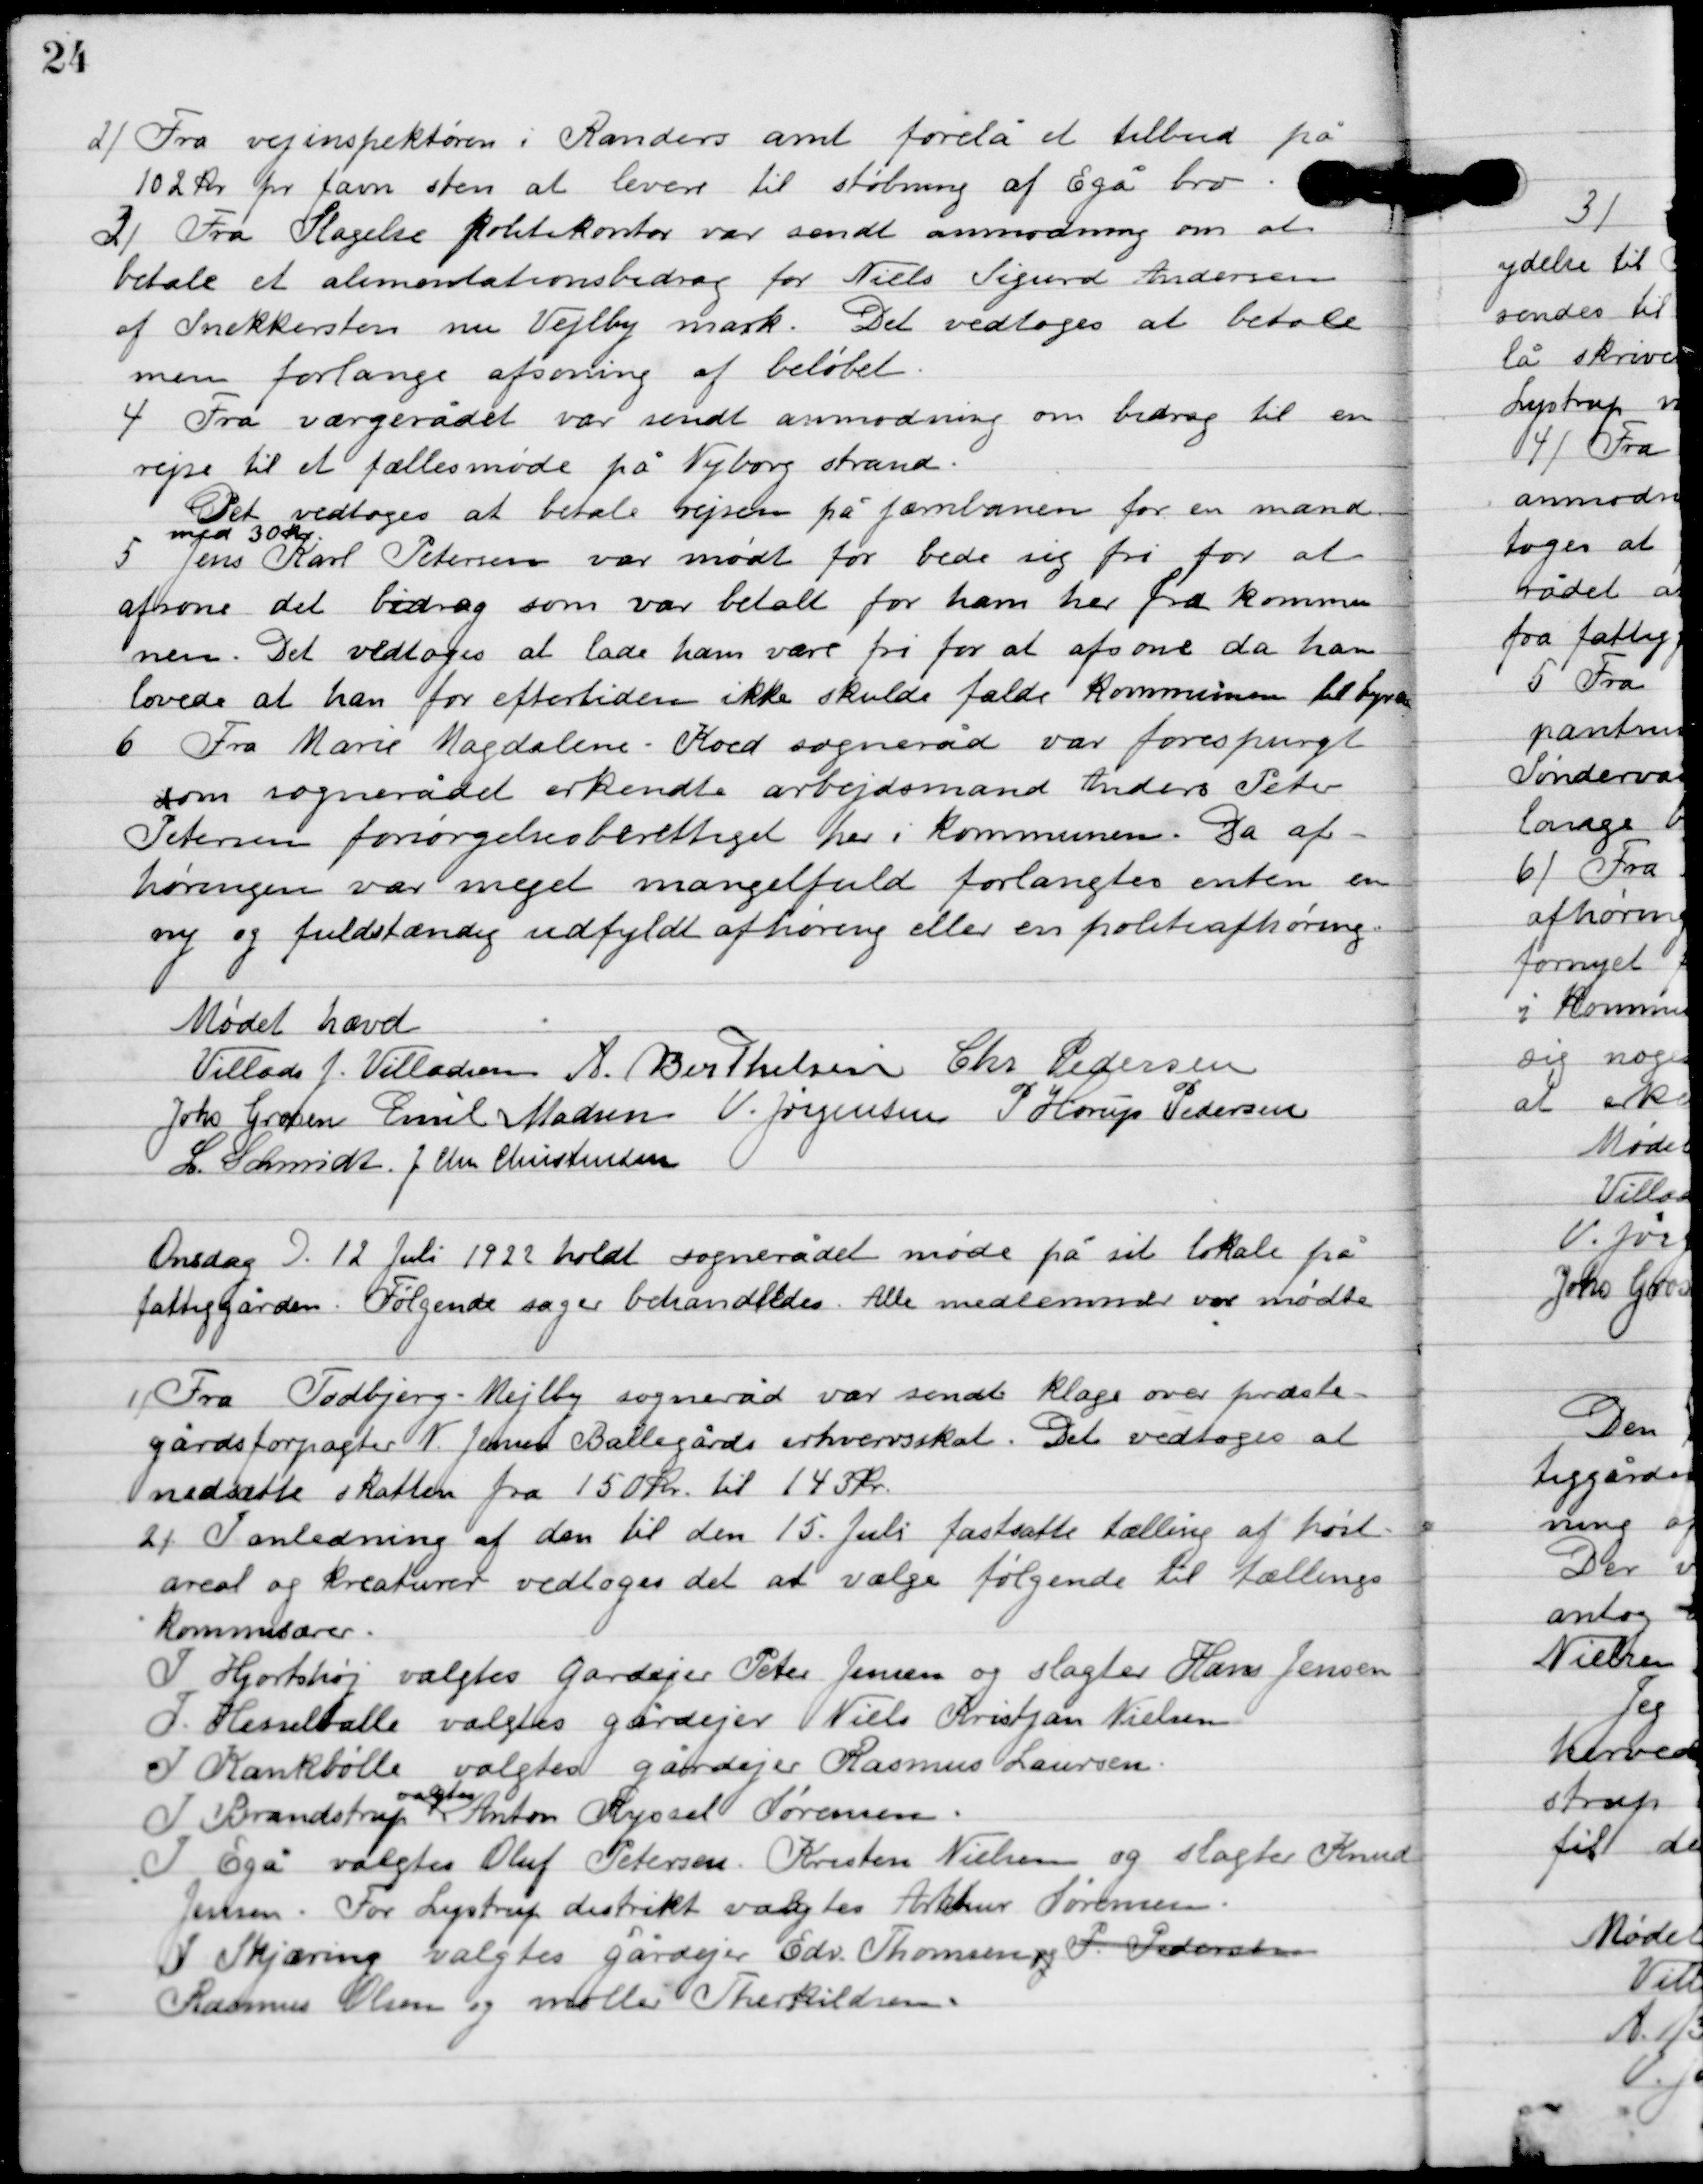
Transskription:
2

Fra vejinspektøren i Randers amt forelå et tilbud på
102 kr. pr. favn sten at levere til støbning af Egå bro.

3

Fra Slagelse politikontor var send anmodning om at
betale et alimentationsbidrag for Niels Sigurd Andersen
af Snekkersten nu Vejlby mar. Det vedtoges at betale
men forlange afsoning af beløbet.

4

Fra værgerådet var sendt anmodning om bidrag til en
rejse til et fælles møde på Nyborg strand.
Det vedtoges at betale rejsen på jernbanen for en mand
med 30 kr.

5

Jens Karl Petersen var mødt for bede sig fri for at
afsone de bidrag som var betalt for ham her fra kommu-
nen. Det vedtoges at lade ham være fri for at afsone da han
lovede at han for eftertiden ikke skulde falde kommunen til byrde.

6

Fra Marie Magdalene-Koed sogneråd var forespurgt
om sognerådet erkendte arbejdsmand Anders Peter
Petersen forsørgelsesberettiget her i kommunen. Da af-
høringen var meget mangelfuld forlangtes enten en
ny og fuldstændig udfyldt afhøring eller en politiafhøring.

Mødet hævet

Villads J. Villadsen
A. Berthelsen
Chr. Pedersen
Johs. Grosen
Emil Madsen
V. Jørgensen
P. Henry Pedersen.
L. Schmidt
I. Chr. Christensen

Onsdag D. 12. Juli 1922 holdt sognerådet møde på sit
 lokale på fattiggården. Følgende sager behandles. Alle medlemmer var mødte.

1

Fra Todbjerg-Mejlby sogneråd var sendt klage over præste-
gårdsforpagter N. Jensen Ballegårds erhvervsskat. Det vedtoges at
nedsætte skatten fra 150 kr. til 143 kr.

2

I anledning af den til den 15. juli fastsatte tælling af høst-
areal og kreaturer vedtoges det at vælge følgende til tællings-
kommissærer.
I Hjortshøj valgtes gårdejer Peter Jensen og slagter Hans Jensen
I Hesselballe valgtes gårdejer Niels Kristjan Nielsen
I Kankbølle valgtes gårdejer Rasmus Laursen.
I Brandstrup
valgtes
Anton Ryssel Sørensen.
I Egå valgtes Oluf Petersen, Kristen Nielsen og slagter Knud
Jensen. For Lystrup distrikt valgtes Arthur Sørensen.
I Skjæring valgtes gårdejer Edv. Thomsen og P. Pedersen,
Rasmus Olsen og møller Therkildsen.